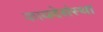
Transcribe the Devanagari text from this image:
कायदेसंस्था